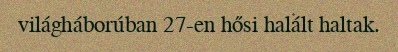
világháborúban 27-en hősi halált haltak.